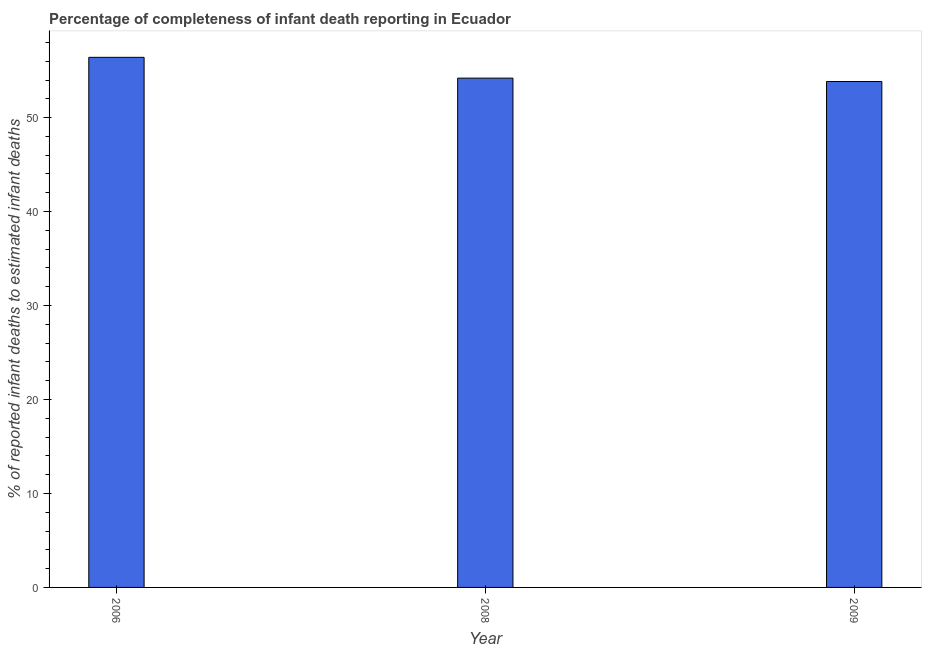
| Year | Completeness of infant death reporting |
 | --- | --- |
 | 2006 | 56.4 |
 | 2008 | 54.2 |
 | 2009 | 53.8 |